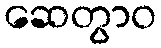
ဆေတွာဝ